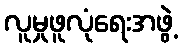
လူမှုဖူလုံရေးအဖွဲ့